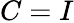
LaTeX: C=I